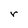
Character: r